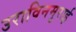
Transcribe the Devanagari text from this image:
उराविनमुराई